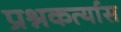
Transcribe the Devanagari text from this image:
प्रश्नकर्त्यास